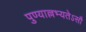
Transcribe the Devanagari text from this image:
पुण्याल्लभ्यतेऽसौ